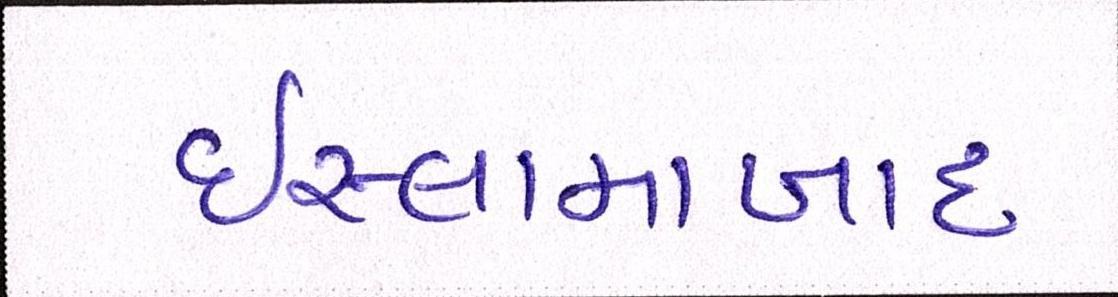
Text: ઇસ્લામાબાદ